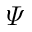
\varPsi